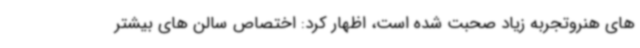
های هنروتجربه زیاد صحبت شده است، اظهار کرد: اختصاص سالن های بیشتر